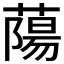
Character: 𫉤